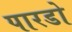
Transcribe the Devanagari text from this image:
पारडो